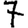
Digit: 7